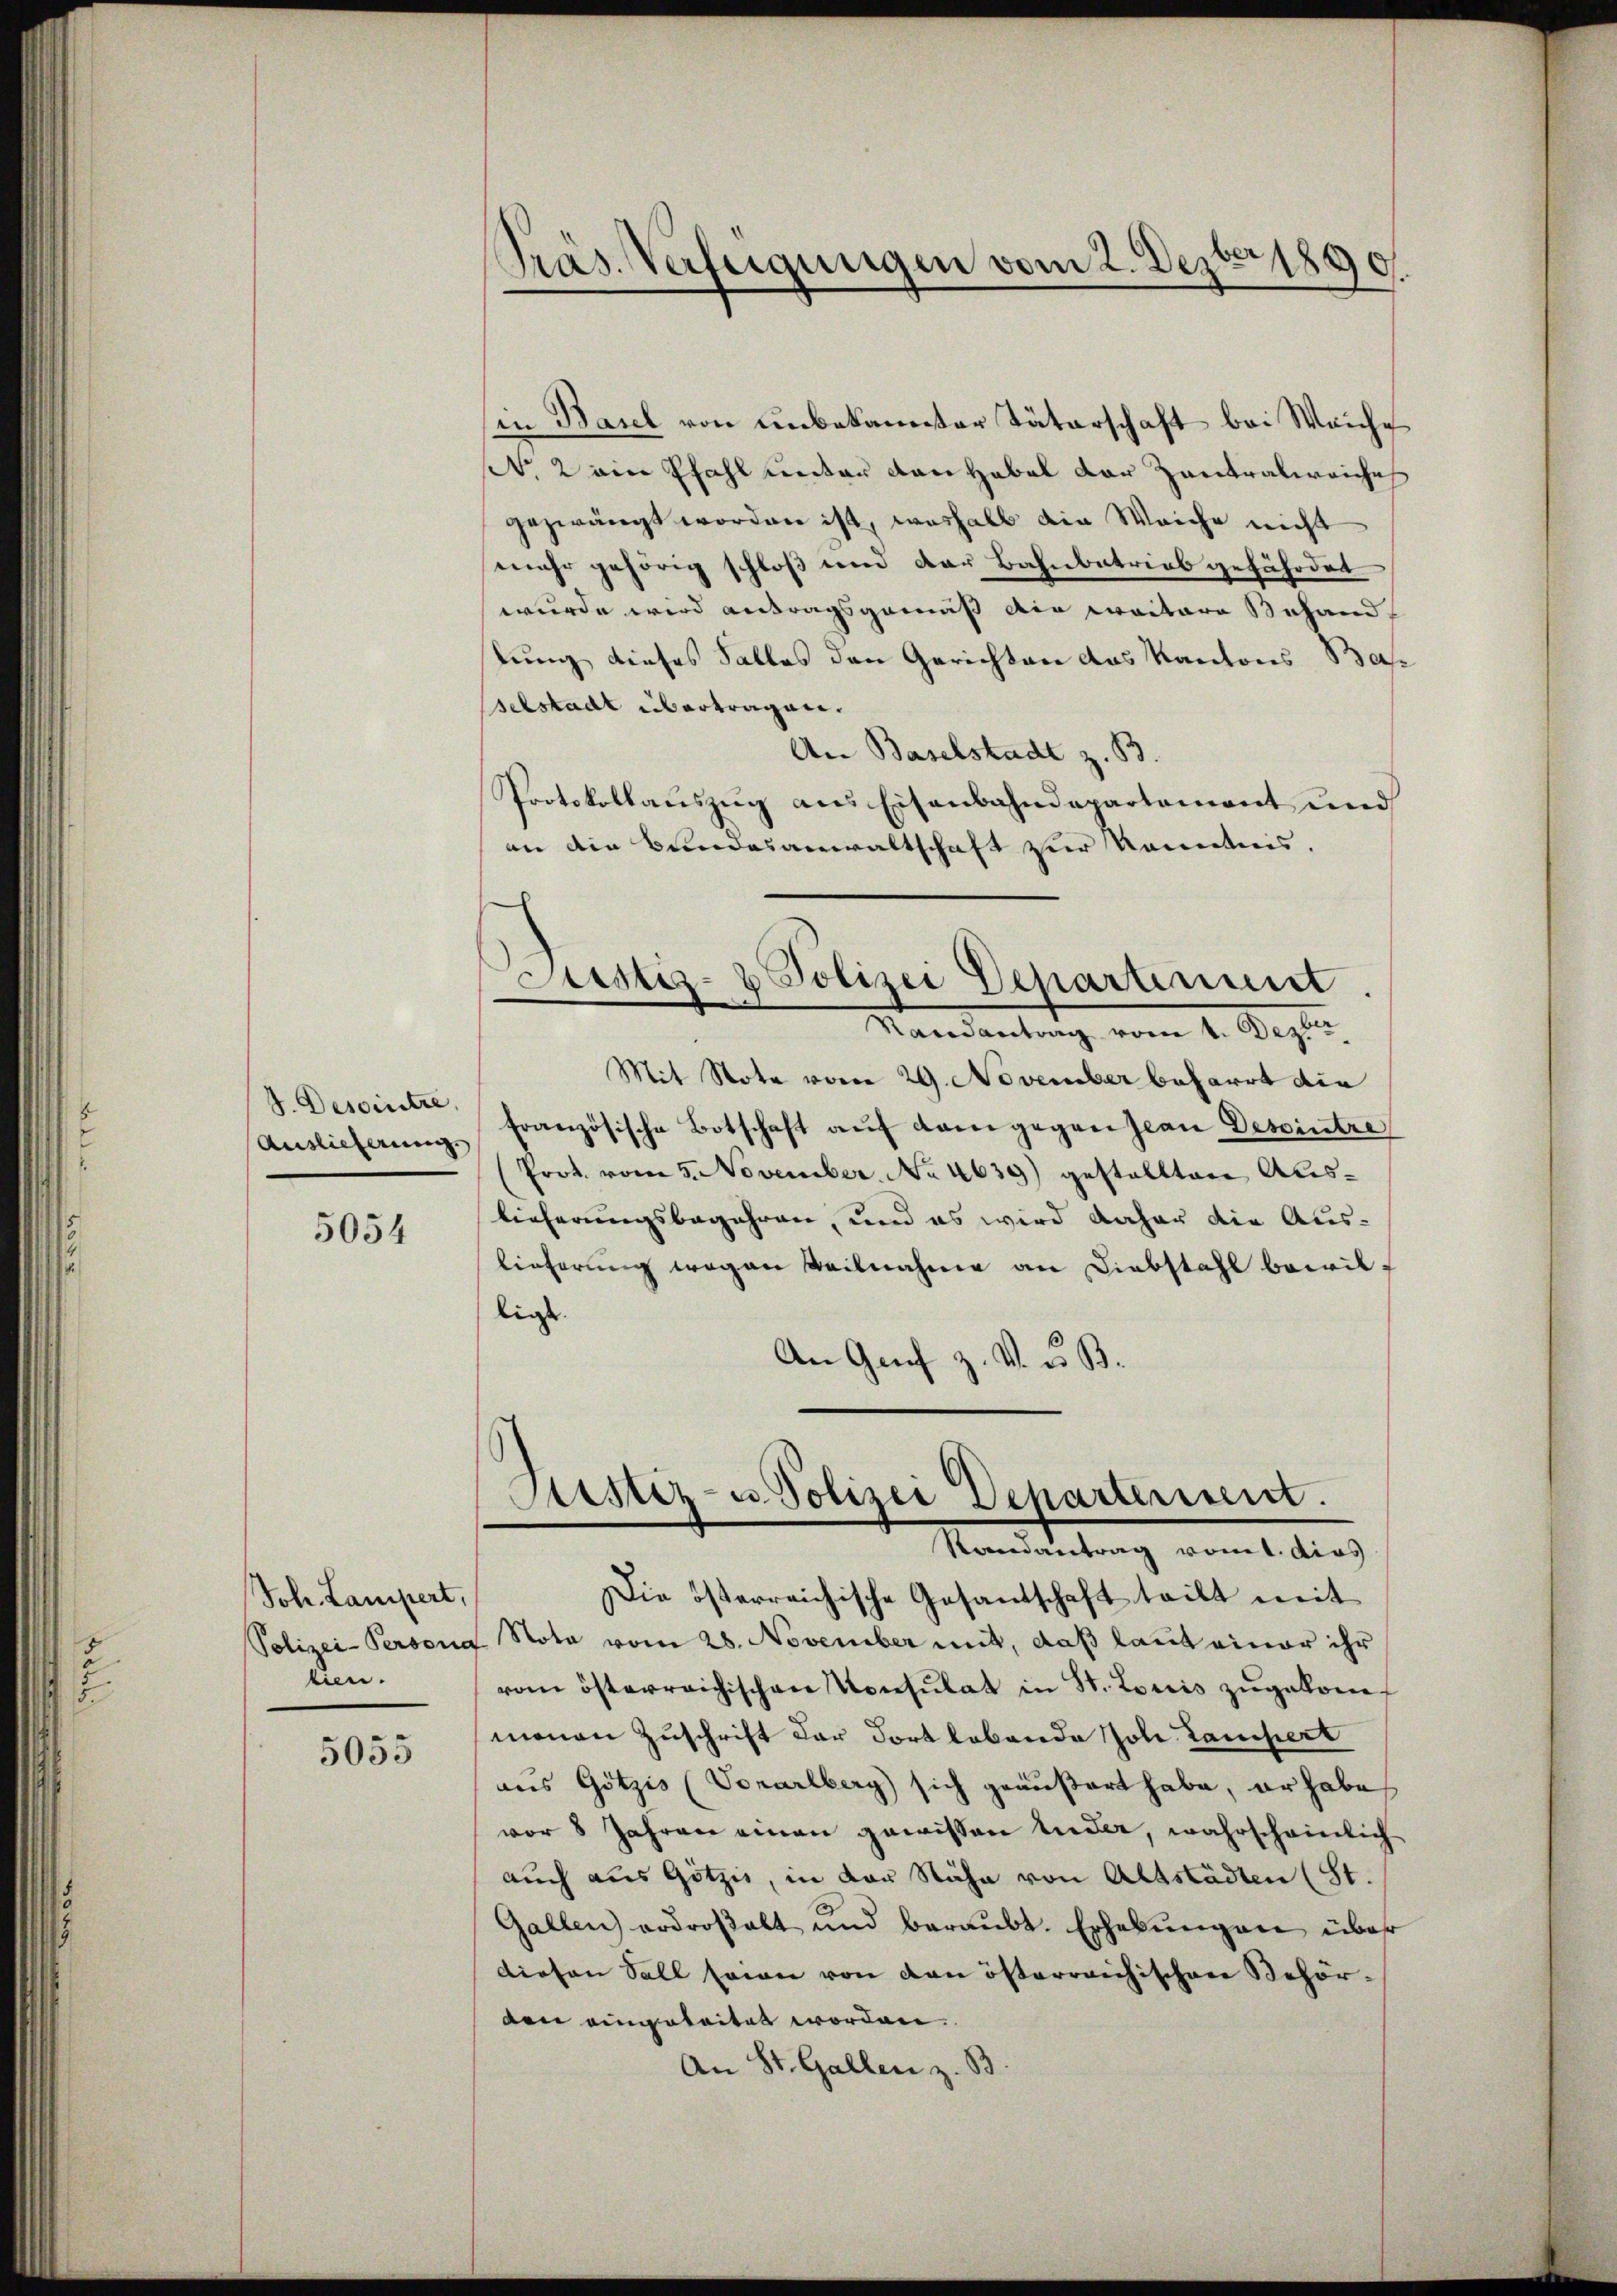
.

J. Dessintre
Auslieferung

5054

Joh. Lampert,
tien.

5055

Präs. Verfügungen vom 2. Dezbr 1890.

(in Basel von unbekannter Täterschaft bei Weiche
Nr. 2 ein Pfahl unter den Habel der Zentralreiche
gezwängt worden ist, weshalb die Weiche nicht
mehr gehörig schloß und der Bahnbetrieb gefährdet
wurde wird antragsgemäß die weitere Behand
lung dieses Falles den Gerichten das Kantons Bas
selstadt übertragen.
An Baselstadt z. B.
Protokollauszug aus Eisenbahndepartement und
an die Bundesanwaltschaft zur Kenntnis.

Mandantung vom 4. Sept.
Mit Note vom 29. November beharrt die
französische Botschaft aŭf kam gegen Jean Dessintre
Prot. vom 5. November. No 4639) gestellten Auslieferungsbegehren, und es wird daher die Aus-
lieferung wegen Teilnahme an Diebstahl bewilligt.
An Genf z. V. u. B.

Die österreichische Gesandschaft teilt mit
Polizei-Persona Nota vom 28. November mit, daß laut einer ihr
vom österreichischen Konsulat in St. Louis zŭgekommonen Zuschrift der dort lebende Joh. Lampert
aus Götzis (Vorarlberg sich geäußert habe, er habe
vor 8 Jahren einen gewissen Ander, wahrscheinlich
auch aus Götzis, in der Nähe von Altstädten (St.
Gallen erdroβalt und beraubt. Erhebŭngen über
diesen Soll seien von den österreichischen Behörden eingeleitet worden.
An St. Gallen z. B.

Justiz- & Polizei Schartiniunt.

Justiz- u Polizei Departement.
Randantrag vom 1. dies